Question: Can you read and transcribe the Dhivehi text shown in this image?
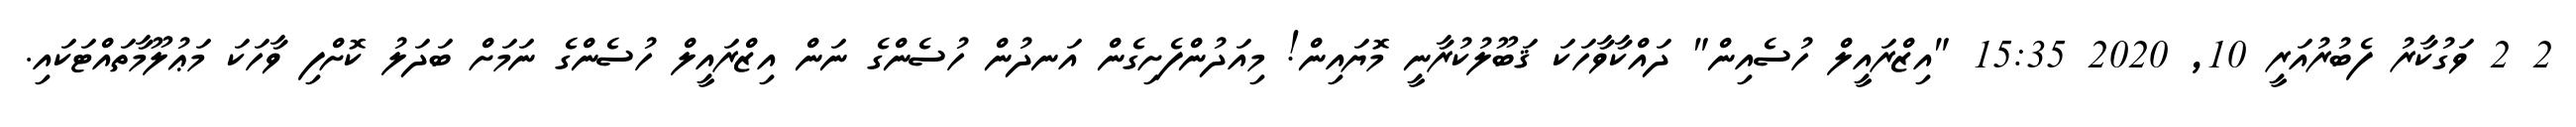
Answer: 2 2 ވަގުކާރު ފެބުރުއަރީ 10, 2020 15:35 "އިޒްރައީލް ހުސެއިން" ދައްކާވާހަކަ ޤަބޫލުކުރާނީ މޮޔައިން! މިއަދުންފެށިގެން އަނދުން ހުސެންގެ ނަން އިޒްރައީލް ހުސެންގެ ނަމަށް ބަދަލު ކޮށްފި ވާހަކަ މަޢުލޫމާތައްޓަކައި.